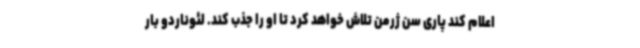
اعلام کند پاری سن ژرمن تلاش خواهد کرد تا او را جذب کند. لئوناردو بار